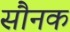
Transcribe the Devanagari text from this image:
सौनक